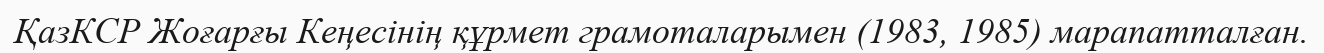
ҚазКСР Жоғарғы Кеңесінің құрмет грамоталарымен (1983, 1985) марапатталған.